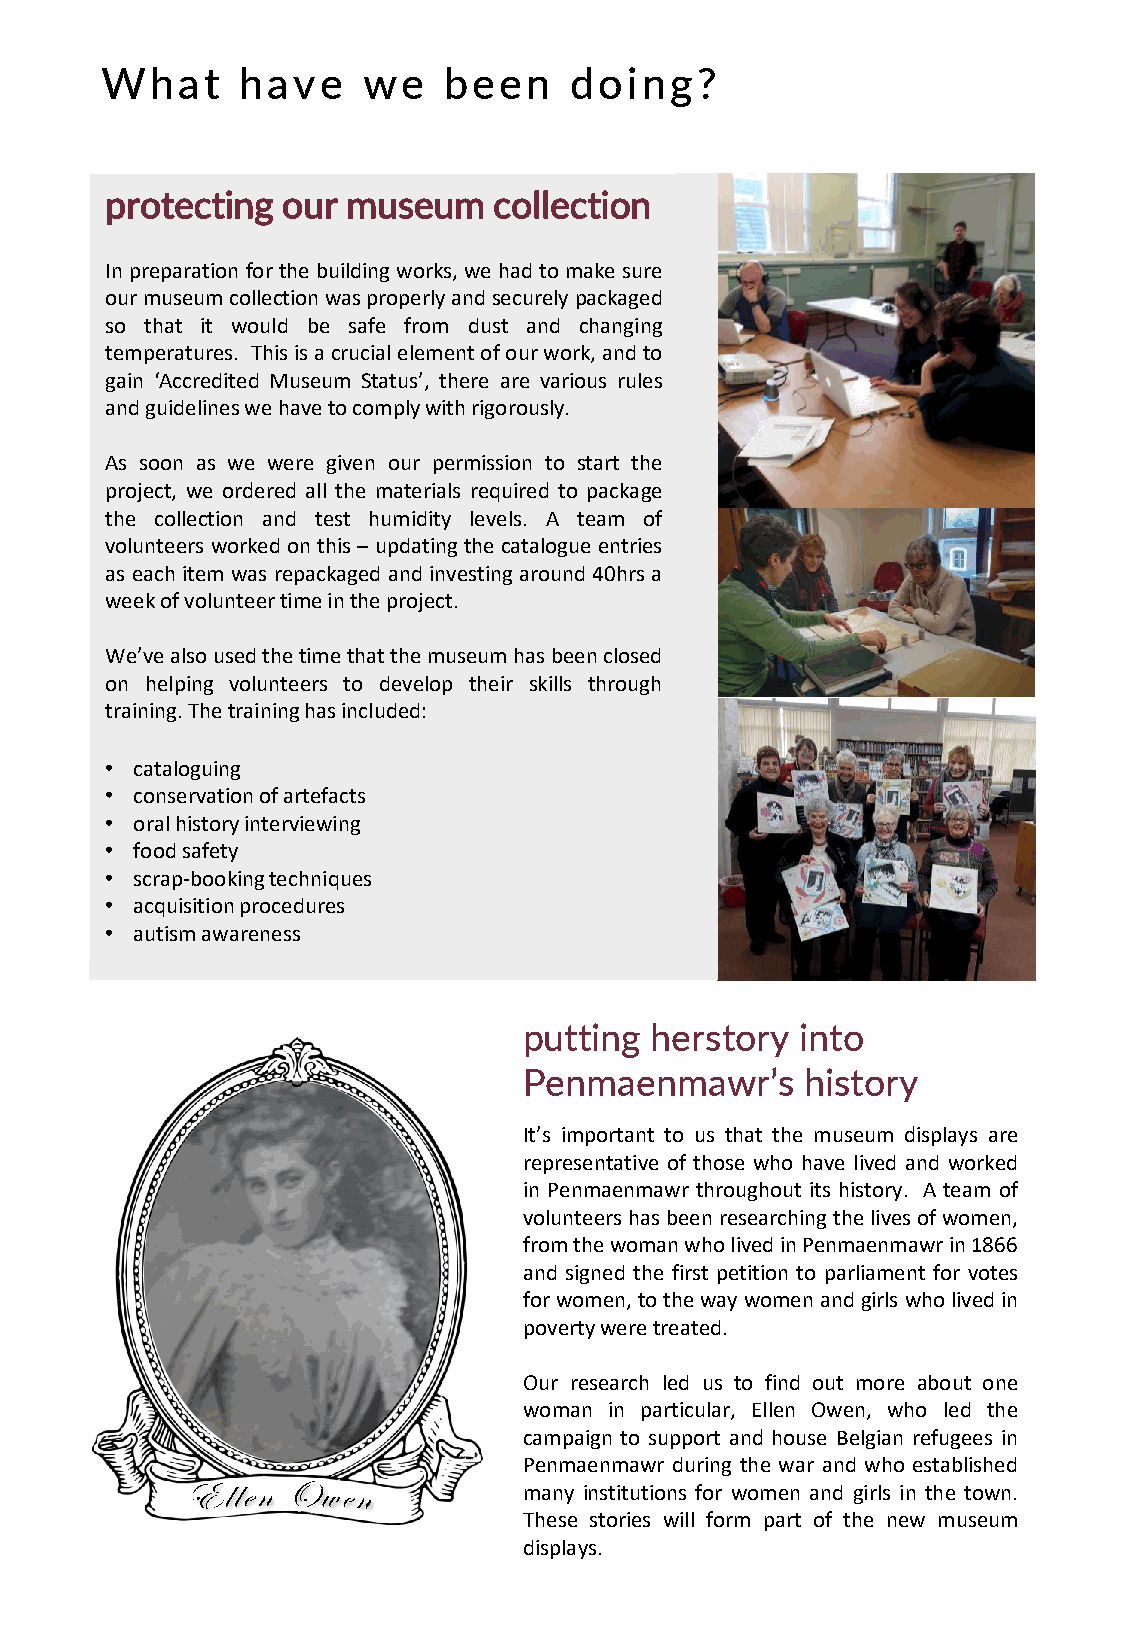
What     have    we   been     doing?
 protecting  our museum    collection
 Inpreparationforthebuildingworks,we hadtomake sure
 ourmuseumcollectionwasproperlyandsecurelypackaged
 so that it would be safe from dust and changing
 temperatures. Thisisacrucialelementofourwork,andto
 gain ‘Accredited Museum Status’, there are various rules
 andguidelineswehavetocomplywithrigorously.
 As soon as we were given our permission to start the
 project, we ordered all the materials required to package
 the collection and test humidity levels. A team of
 volunteers workedonthis– updatingthe catalogue entries
 as each item was repackaged and investing around 40hrs a
 weekofvolunteertimeintheproject.
 We’vealsousedthetimethatthemuseumhasbeenclosed
 on helping volunteers to develop their skills through
 training.Thetraininghasincluded:
 • cataloguing
 • conservationofartefacts
 • oralhistoryinterviewing
 • foodsafety
 • scrap-bookingtechniques
 • acquisitionprocedures
 • autismawareness
 putting herstory  into
 Penmaenmawr’s     history
 It’s important to us that the museum displays are
 representative of those who have lived and worked
 in Penmaenmawr throughout its history. A team of
 volunteershasbeenresearchingthelivesofwomen,
 fromthewomanwholivedinPenmaenmawrin1866
 and signed the first petition to parliament for votes
 forwomen,tothewaywomenandgirlswholivedin
 povertyweretreated.
 Our research led us to find out more about one
 woman in particular, Ellen Owen, who led the
 campaign to support and house Belgian refugees in
 Penmaenmawr during the war and who established
 many institutions for women and girls in the town.
 These stories will form part of the new museum
 displays.